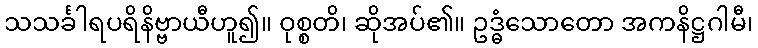
သသင်္ခါရပရိနိဗ္ဗာယီဟူ၍။ ဝုစ္စတိ၊ ဆိုအပ်၏။ ဥဒ္ဓံသောတော အကနိဋ္ဌဂါမီ၊